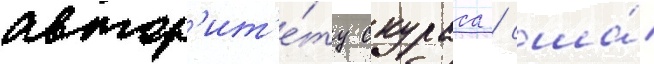
автор'ит'е́ту скураса / сша́